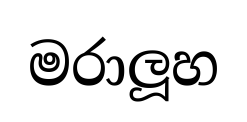
මරාලූහ